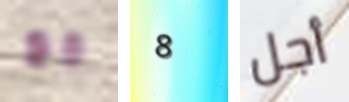
مع 8 أجل